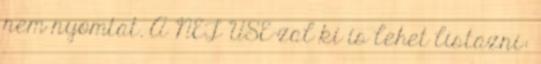
nem nyomtat. A NET USE-zal ki is lehet listazni: